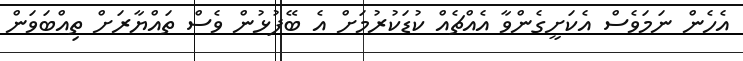
އެހެން ނަމަވެސް އެކަށީގެންވާ އެއްޗެއް ކުޑަކުރުމަށް އެ ބޭފުޅުން ވެސް ތައްޔާރަށް ތިއްބަވަން